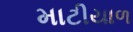
માટીયાળ